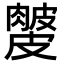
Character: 𥀙